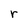
Character: r